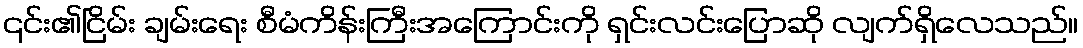
၎င်း၏ငြိမ်း ချမ်းရေး စီမံကိန်းကြီးအကြောင်းကို ရှင်းလင်းပြောဆို လျက်ရှိလေသည်။